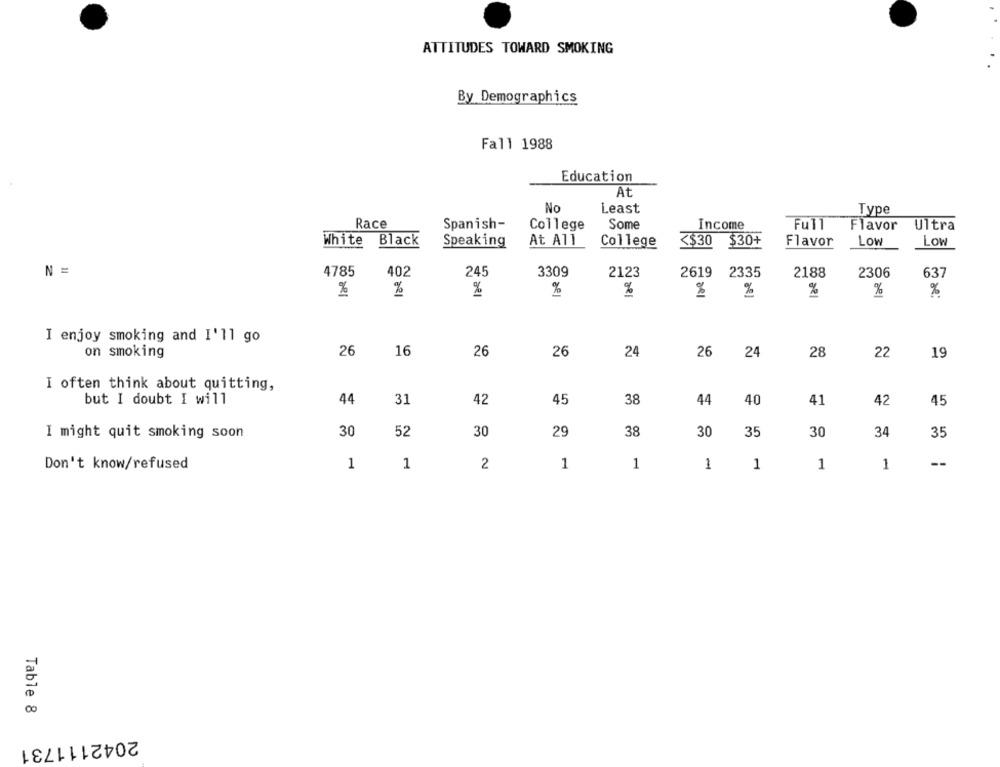
ATTITUDES TOWARD SMOKING
By Demographics
Fall 1988
Education
At
No
Least
Type
Race
Spanish-
College
Some
Income
Full
Flavor Ultra
White
Black
Speaking
At All
College
<$30
$30+
Flavor
Low
Low
N =
4785
402
245
3309
2123
2619
2335
2188
2306
637
%
%
%
%
%
%
%
%
I enjoy smoking and I'll go
on smoking
26
16
26
26
24
26
24
28
22
19
I often think about quitting,
31
45
40
41
42
but I doubt I will
44
42
38
44
45
I might quit smoking soon
30
52
30
29
38
30
35
30
34
35
Don't know/refused
1
1
2
1
1
1
1
1
1
--
Table 8
2042111731